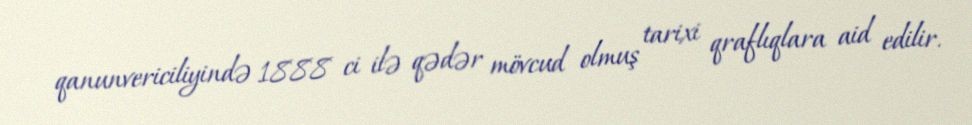
qanunvericiliyində 1888 ci ilə qədər mövcud olmuş tarixi qraflıqlara aid edilir.